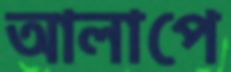
আলাপে